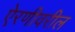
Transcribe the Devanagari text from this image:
ऐरणीवरील